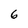
Character: 6